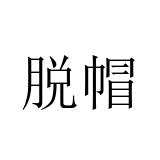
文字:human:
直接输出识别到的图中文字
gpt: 脱帽